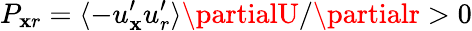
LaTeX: P_{\mathbf{x}r}=\langle-u_{\mathbf{x}}^{\prime}u_{r}^{\prime}\rangle\partialU/\partialr>0